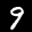
Label: 9